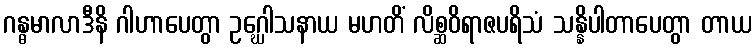
ဂန္ဓမာလာဒီနိ ဂါဟာပေတွာ ဥဂ္ဃေါသနာယ မဟတိံ လိစ္ဆဝိရာဇပရိသံ သန္နိပါတာပေတွာ တာယ